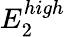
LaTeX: E_{2}^{high}